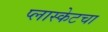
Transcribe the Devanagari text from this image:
प्लास्केटचा